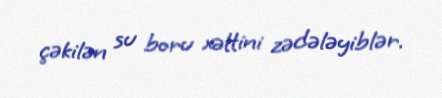
çəkilən su boru xəttini zədələyiblər.